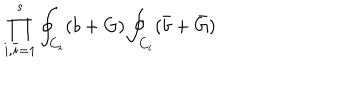
\prod _ { i , { \bar { i } } = 1 } ^ { s } \oint _ { C _ { i } } ( b + G ) \oint _ { C _ { i } } ( { \bar { b } } + { \bar { G } } )